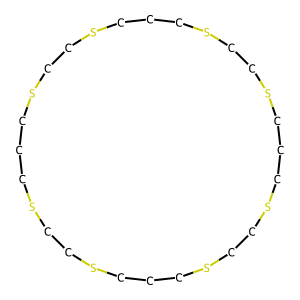
SMILES: C1CSCCSCCCSCCSCCCSCCSCCCSCCSC1
Inhibits HIV replication: No